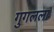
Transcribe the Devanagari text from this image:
गुगलला